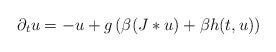
LaTeX: \begin{align*}\partial_t u=- u + g \left(\beta(J*u) +\beta h(t,u)\right)\end{align*}